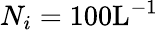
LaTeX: N_{i}=100\mathrm{L}^{-1}